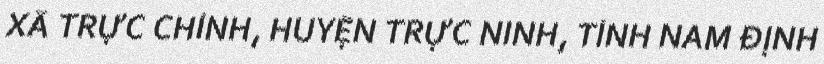
XÃ TRỰC CHÍNH, HUYỆN TRỰC NINH, TỈNH NAM ĐỊNH